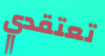
تعتقدي